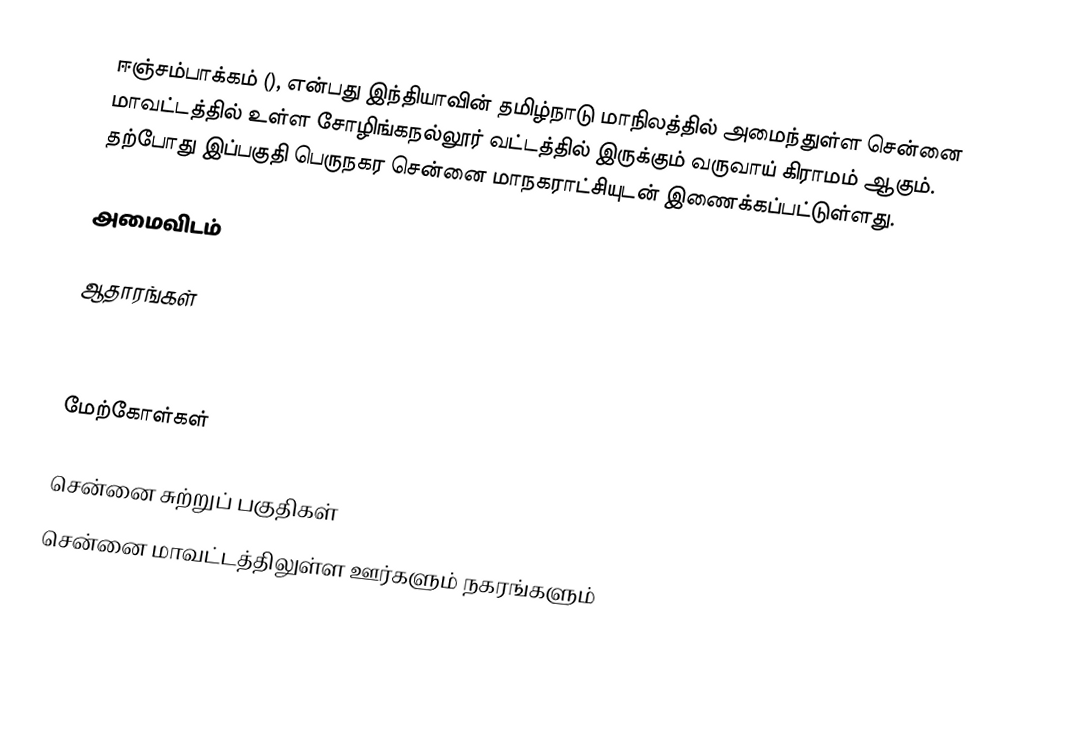
ஈஞ்சம்பாக்கம் (), என்பது இந்தியாவின் தமிழ்நாடு மாநிலத்தில் அமைந்துள்ள சென்னை மாவட்டத்தில் உள்ள சோழிங்கநல்லூர் வட்டத்தில் இருக்கும் வருவாய் கிராமம் ஆகும். தற்போது இப்பகுதி பெருநகர சென்னை மாநகராட்சியுடன் இணைக்கப்பட்டுள்ளது.

அமைவிடம்

ஆதாரங்கள்



மேற்கோள்கள்

சென்னை சுற்றுப் பகுதிகள்
சென்னை மாவட்டத்திலுள்ள ஊர்களும் நகரங்களும்